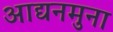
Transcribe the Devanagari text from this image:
आद्यनमुना